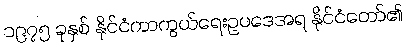
၁၉၇၅ ခုနှစ် နိုင်ငံကာကွယ်ရေးဥပဒေအရ နိုင်ငံတော်၏